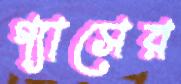
গ্যাসের